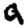
Digit: 9